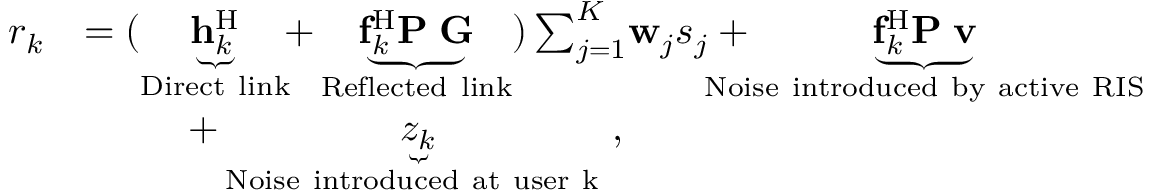
\begin{array} { r l } { { r _ { k } } } & { = ( \underbrace { { \bf { h } } _ { k } ^ { \mathrm { H } } } _ { { \mathrm { D i r e c t ~ l i n k } } } \! \! + \underbrace { { \bf { f } } _ { k } ^ { \mathrm { H } } { \bf { P } } { { \bf { \Theta } } } { \bf { G } } } _ { { \mathrm { R e f l e c t e d ~ l i n k } } } ) \sum _ { j = 1 } ^ { K } \! { { { \bf { w } } _ { j } } { s _ { j } } } + \! \! \! \! \! \! \! \! \underbrace { { \bf { f } } _ { k } ^ { \mathrm { H } } { { \bf { P } } } { { \bf { \Theta } } } { \bf { v } } } _ { \mathrm { N o i s e ~ i n t r o d u c e d ~ b y ~ a c t i v e ~ R I S } } } \\ & { ~ ~ ~ ~ ~ ~ ~ ~ + \underbrace { z _ { k } } _ { \mathrm { N o i s e ~ i n t r o d u c e d ~ a t ~ u s e r ~ k ~ } } , } \end{array}